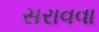
સરાવવા